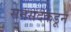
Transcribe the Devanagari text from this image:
सनसदकडून